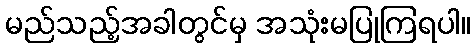
မည်သည့်အခါတွင်မှ အသုံးမပြုကြရပါ။